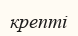
крепті